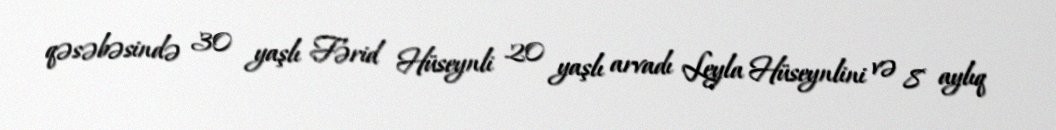
qəsəbəsində 30 yaşlı Fərid Hüseynli 20 yaşlı arvadı Leyla Hüseynlini və 8 aylıq